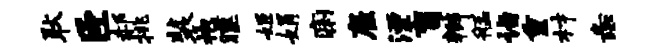
耿臣郝挑装袍曛姬娟痢雇湮盲辫艋诣重材彘